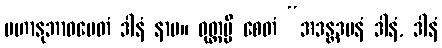
မဟာနုဘာဝမေတံ ဒါနံ နာမ။ ဝုတ္တမ္ပိ စေတံ “အဒန္တဒမနံ ဒါနံ, ဒါနံ